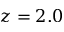
z = 2 . 0